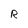
Character: R